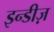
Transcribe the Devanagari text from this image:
इन्डीज़